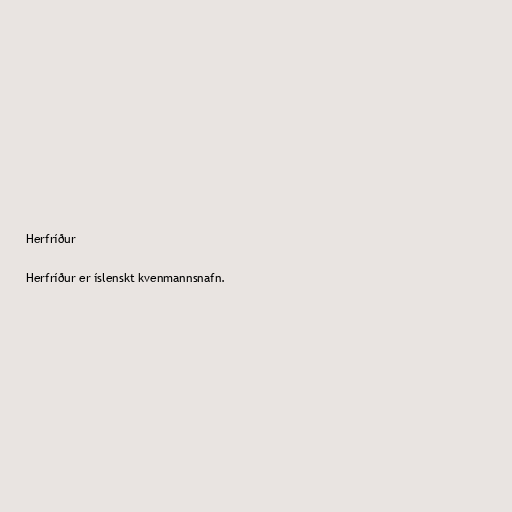
Herfríður

Herfríður er íslenskt kvenmannsnafn.